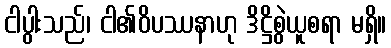
ငါပွါးသည်၊ ငါ၏ဝိပဿနာဟု ဒိဋ္ဌိစွဲယူစရာ မရှိ။